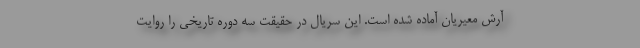
آرش معیریان آماده شده است. این سریال در حقیقت سه دوره تاریخی را روایت